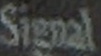
Signal